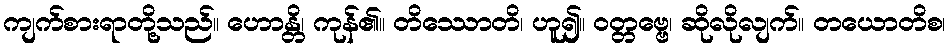
ကျက်စားရာတို့သည်။ ဟောန္တိ၊ ကုန်၏။ တိဿောတိ၊ ဟူ၍။ ဝတ္တဗ္ဗေ၊ ဆိုလိုလျက်။ တယောတိစ၊